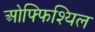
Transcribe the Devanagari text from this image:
ओफ्फिश्यिल